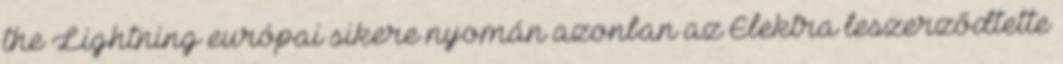
the Lightning európai sikere nyomán azonban az Elektra leszerződtette